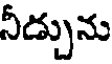
నీడ్చును